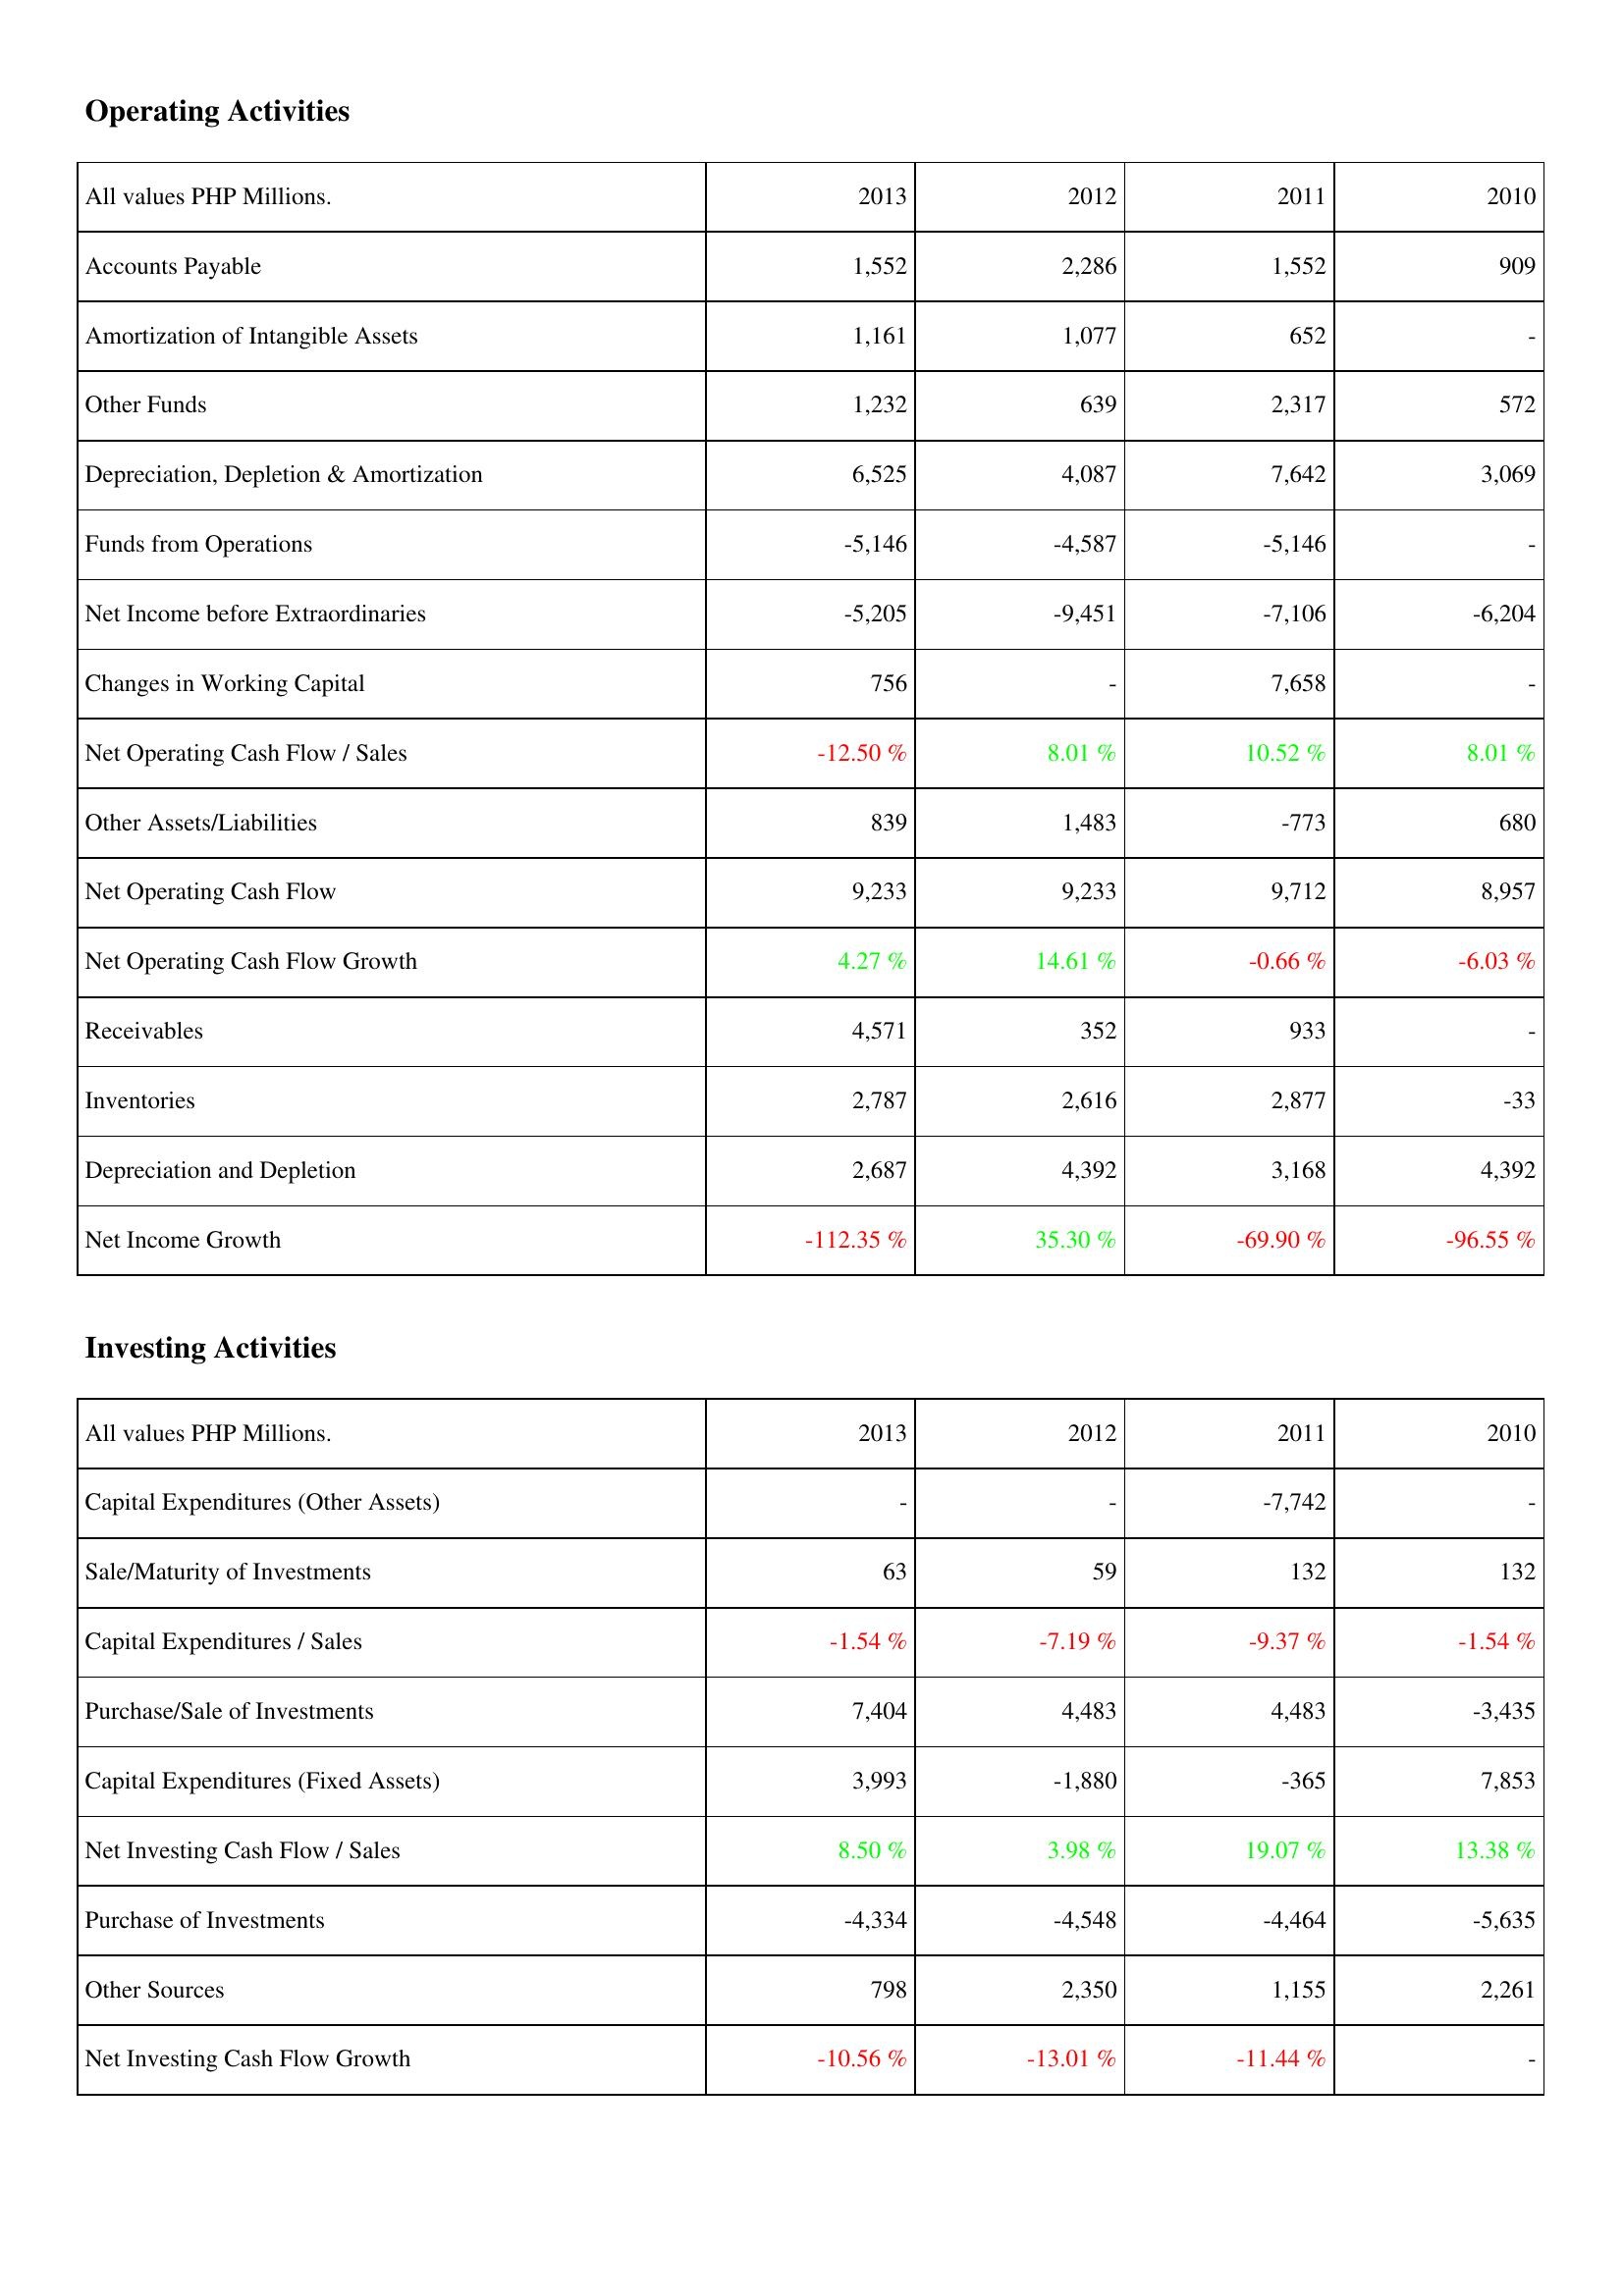
2013: Operating Activities: Accounts Payable: 1,552
Amortization of Intangible Assets: 1,161
Other Funds: 1,232
Depreciation, Depletion & Amortization: 6,525
Funds from Operations: -5,146
Net Income before Extraordinaries: -5,205
Changes in Working Capital: 756
Net Operating Cash Flow / Sales: -12.50 %
Other Assets/Liabilities: 839
Net Operating Cash Flow: 9,233
Net Operating Cash Flow Growth: 4.27 %
Receivables: 4,571
Inventories: 2,787
Depreciation and Depletion: 2,687
Net Income Growth: -112.35 %
Investing Activities: Capital Expenditures (Other Assets): -
Sale/Maturity of Investments: 63
Capital Expenditures / Sales: -1.54 %
Purchase/Sale of Investments: 7,404
Capital Expenditures (Fixed Assets): 3,993
Net Investing Cash Flow / Sales: 8.50 %
Purchase of Investments: -4,334
Other Sources: 798
Net Investing Cash Flow Growth: -10.56 %
2012: Operating Activities: Accounts Payable: 2,286
Amortization of Intangible Assets: 1,077
Other Funds: 639
Depreciation, Depletion & Amortization: 4,087
Funds from Operations: -4,587
Net Income before Extraordinaries: -9,451
Changes in Working Capital: -
Net Operating Cash Flow / Sales: 8.01 %
Other Assets/Liabilities: 1,483
Net Operating Cash Flow: 9,233
Net Operating Cash Flow Growth: 14.61 %
Receivables: 352
Inventories: 2,616
Depreciation and Depletion: 4,392
Net Income Growth: 35.30 %
Investing Activities: Capital Expenditures (Other Assets): -
Sale/Maturity of Investments: 59
Capital Expenditures / Sales: -7.19 %
Purchase/Sale of Investments: 4,483
Capital Expenditures (Fixed Assets): -1,880
Net Investing Cash Flow / Sales: 3.98 %
Purchase of Investments: -4,548
Other Sources: 2,350
Net Investing Cash Flow Growth: -13.01 %
2011: Operating Activities: Accounts Payable: 1,552
Amortization of Intangible Assets: 652
Other Funds: 2,317
Depreciation, Depletion & Amortization: 7,642
Funds from Operations: -5,146
Net Income before Extraordinaries: -7,106
Changes in Working Capital: 7,658
Net Operating Cash Flow / Sales: 10.52 %
Other Assets/Liabilities: -773
Net Operating Cash Flow: 9,712
Net Operating Cash Flow Growth: -0.66 %
Receivables: 933
Inventories: 2,877
Depreciation and Depletion: 3,168
Net Income Growth: -69.90 %
Investing Activities: Capital Expenditures (Other Assets): -7,742
Sale/Maturity of Investments: 132
Capital Expenditures / Sales: -9.37 %
Purchase/Sale of Investments: 4,483
Capital Expenditures (Fixed Assets): -365
Net Investing Cash Flow / Sales: 19.07 %
Purchase of Investments: -4,464
Other Sources: 1,155
Net Investing Cash Flow Growth: -11.44 %
2010: Operating Activities: Accounts Payable: 909
Amortization of Intangible Assets: -
Other Funds: 572
Depreciation, Depletion & Amortization: 3,069
Funds from Operations: -
Net Income before Extraordinaries: -6,204
Changes in Working Capital: -
Net Operating Cash Flow / Sales: 8.01 %
Other Assets/Liabilities: 680
Net Operating Cash Flow: 8,957
Net Operating Cash Flow Growth: -6.03 %
Receivables: -
Inventories: -33
Depreciation and Depletion: 4,392
Net Income Growth: -96.55 %
Investing Activities: Capital Expenditures (Other Assets): -
Sale/Maturity of Investments: 132
Capital Expenditures / Sales: -1.54 %
Purchase/Sale of Investments: -3,435
Capital Expenditures (Fixed Assets): 7,853
Net Investing Cash Flow / Sales: 13.38 %
Purchase of Investments: -5,635
Other Sources: 2,261
Net Investing Cash Flow Growth: -